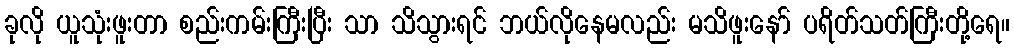
ခုလို ယူသုံးဖူးတာ စည်းကမ်းကြီးပြီး သာ သိသွားရင် ဘယ်လိုနေမလည်း မသိဖူးနော် ပရိတ်သတ်ကြီးတို့ရေ။